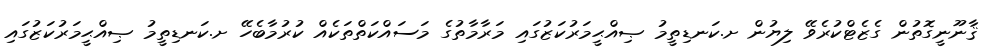
ޤާނޫނީގޮތުން ގެޒެޓްކުރެވޭ ލިޔުން ށ.ކަނޑިތީމު ޞިއްޙީމަރުކަޒުގައި މަރާމާތުގެ މަސައްކަތްތަކެއް ކުރުމާބެހޭ ށ.ކަނޑިތީމު ޞިއްޙީމަރުކަޒުގައި